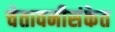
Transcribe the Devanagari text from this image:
चेतावनीसंकेत